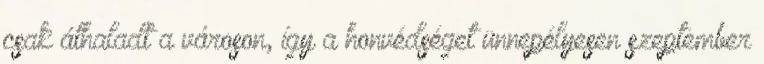
csak áthaladt a városon, így a honvédséget ünnepélyesen szeptember